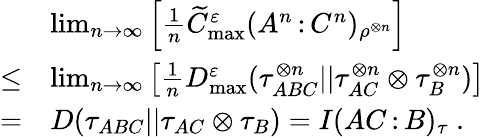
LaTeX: \begin{array}{rl}&{\operatorname*{lim}_{n\to\infty}\left[\frac{1}{n}\widetilde{C}_{\operatorname*{max}}^{\varepsilon}(A^{n}{\, :\, }C^{n})_{\rho^{\otimes n}}\right]}\\ {\leq}&{\operatorname*{lim}_{n\to\infty}\left[\frac{1}{n}D_{\operatorname*{max}}^{\varepsilon}(\tau_{ABC}^{\otimes n}||\tau_{AC}^{\otimes n}\otimes\tau_{B}^{\otimes n})\right]}\\ {=}&{D(\tau_{ABC}||\tau_{AC}\otimes\tau_{B})=I(AC{\, :\, }B)_{\tau}\ .}\end{array}